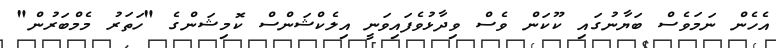
އެހެން ނަމަވެސް ބަޔާނުގައި ކޫކަން ވެސް ވިދާޅުވެފައިވަނީ އިލެކްޝަންސް ކޮމިޝަންގެ "ހަތަރު މެމްބަރުން"